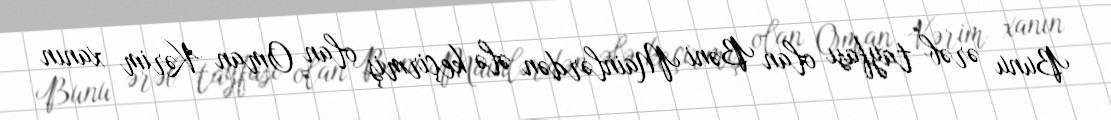
Bunu ərəb tayfası olan Bəni Mainlərdən ələ keçirmiş olan Oman Kərim xanın